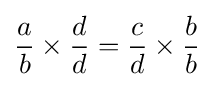
{\frac {a}{b}}\times {\frac {d}{d}}={\frac {c}{d}}\times {\frac {b}{b}}